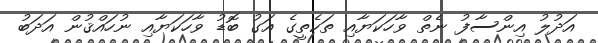
އަދުލު އިންސާފު ނެތް ވާހަކަޔާއި ތަކެތީގެ އަގު ބޮޑު ވާހަކަޔާއި ނުހައްޤުން އަދަބު